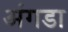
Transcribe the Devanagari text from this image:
अंगडा